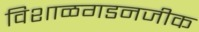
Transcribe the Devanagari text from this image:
विशाळगडनजीक